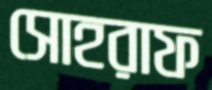
সোহরাফ